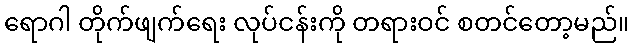
ရောဂါ တိုက်ဖျက်ရေး လုပ်ငန်းကို တရားဝင် စတင်တော့မည်။